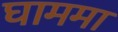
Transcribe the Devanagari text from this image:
घाममा